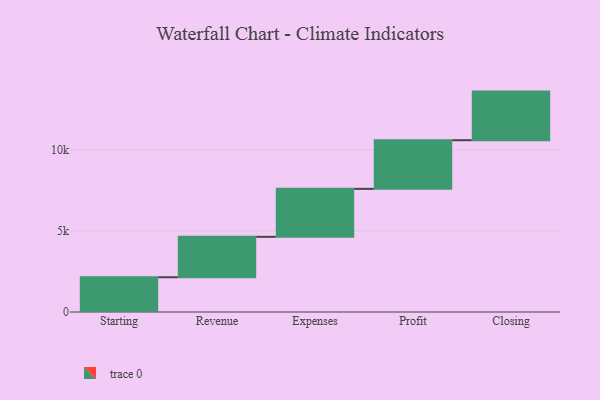
{"axis": {"x": "Step", "y": "Value"}, "legend": [""], "data": [{"x": "Starting", "y": 2144.0, "type": ""}, {"x": "Revenue", "y": 2494.0, "type": ""}, {"x": "Expenses", "y": 2960.0, "type": ""}, {"x": "Profit", "y": 3000, "type": ""}, {"x": "Closing", "y": 3000, "type": ""}]}